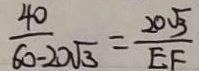
\frac { 4 0 } { 6 0 - 2 0 \sqrt { 3 } } = \frac { 2 0 \sqrt { 3 } } { E F }